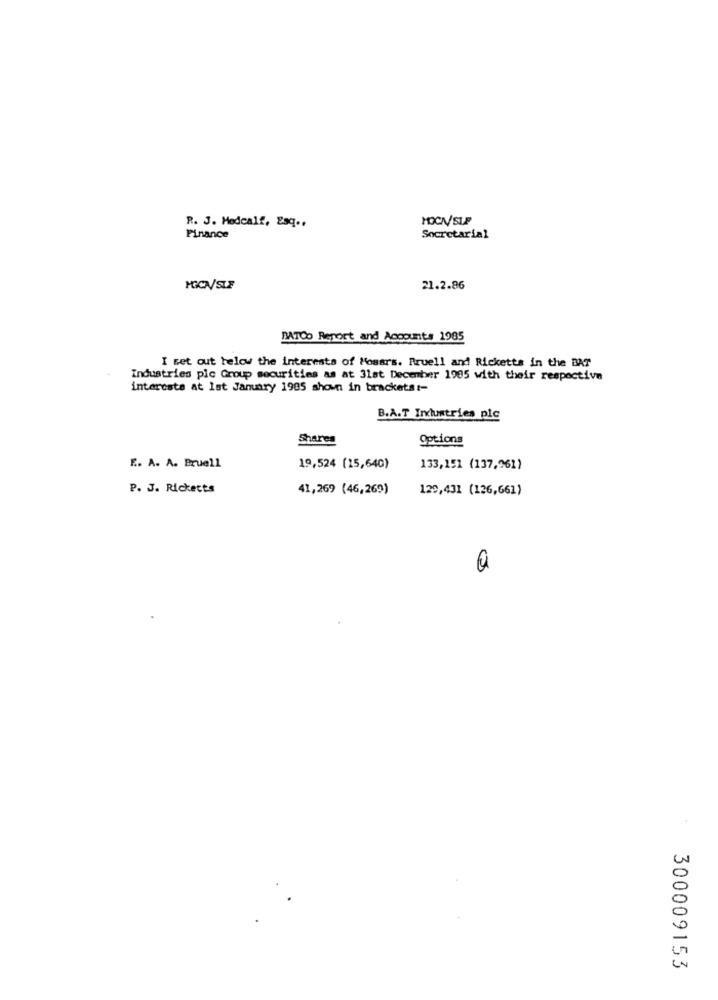
MOCA/SLP
R. J. Medcalf, Esq .,
Finance
Secretarial
MOCN/SLF
21.2.86
BATCO Report and Accounts 1985
I set out below the interests of Mosars. Rruell and Ricketts in the BAT
Industries pic Group securities as at 31st December 1985 with their respective
interests at lst January 1985 shown in bracketst-
B.A.T Industries plc
Shares
Options
E. A. A. Bruell
19,524 (15,640)
133,151 (137,961)
P. J. Ricketts
41,269 (46,269)
129,431 (126,661)
300009153